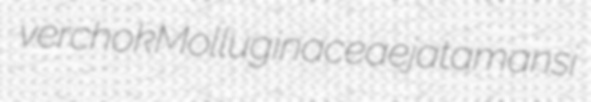
verchok Molluginaceae jatamansi